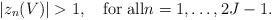
LaTeX: \begin{align*}|z_n(V)|>1, \quad{\rm for\; all} n=1,\ldots, 2J-1.\end{align*}